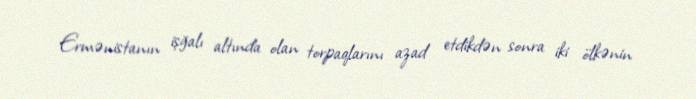
Ermənistanın işğalı altında olan torpaqlarını azad etdikdən sonra iki ölkənin